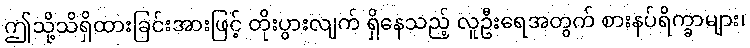
ဤသို့သိရှိထားခြင်းအားဖြင့် တိုးပွားလျက် ရှိနေသည့် လူဦးရေအတွက် စားနပ်ရိက္ခာများ၊